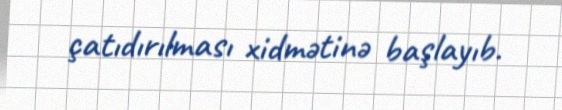
çatıdırılması xidmətinə başlayıb.